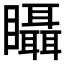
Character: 𥍉